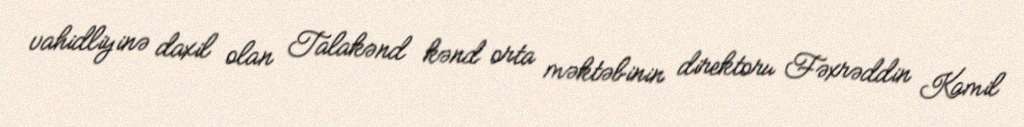
vahidliyinə daxil olan Talakənd kənd orta məktəbinin direktoru Fəxrəddin Kamil